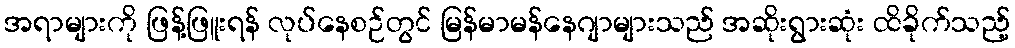
အရာများကို ဖြန့်ဖြူးရန် လုပ်နေစဉ်တွင် မြန်မာမန်နေဂျာများသည် အဆိုးရွားဆုံး ထိခိုက်သည့်